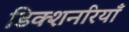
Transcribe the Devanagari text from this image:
डिक्शनरियाँ